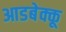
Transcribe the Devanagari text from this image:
आडबेक्कू